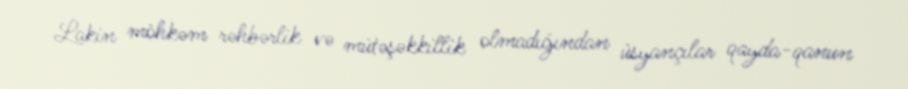
Lakin möhkəm rəhbərlik və mütəşəkkillik olmadığından üsyançılar qayda-qanun